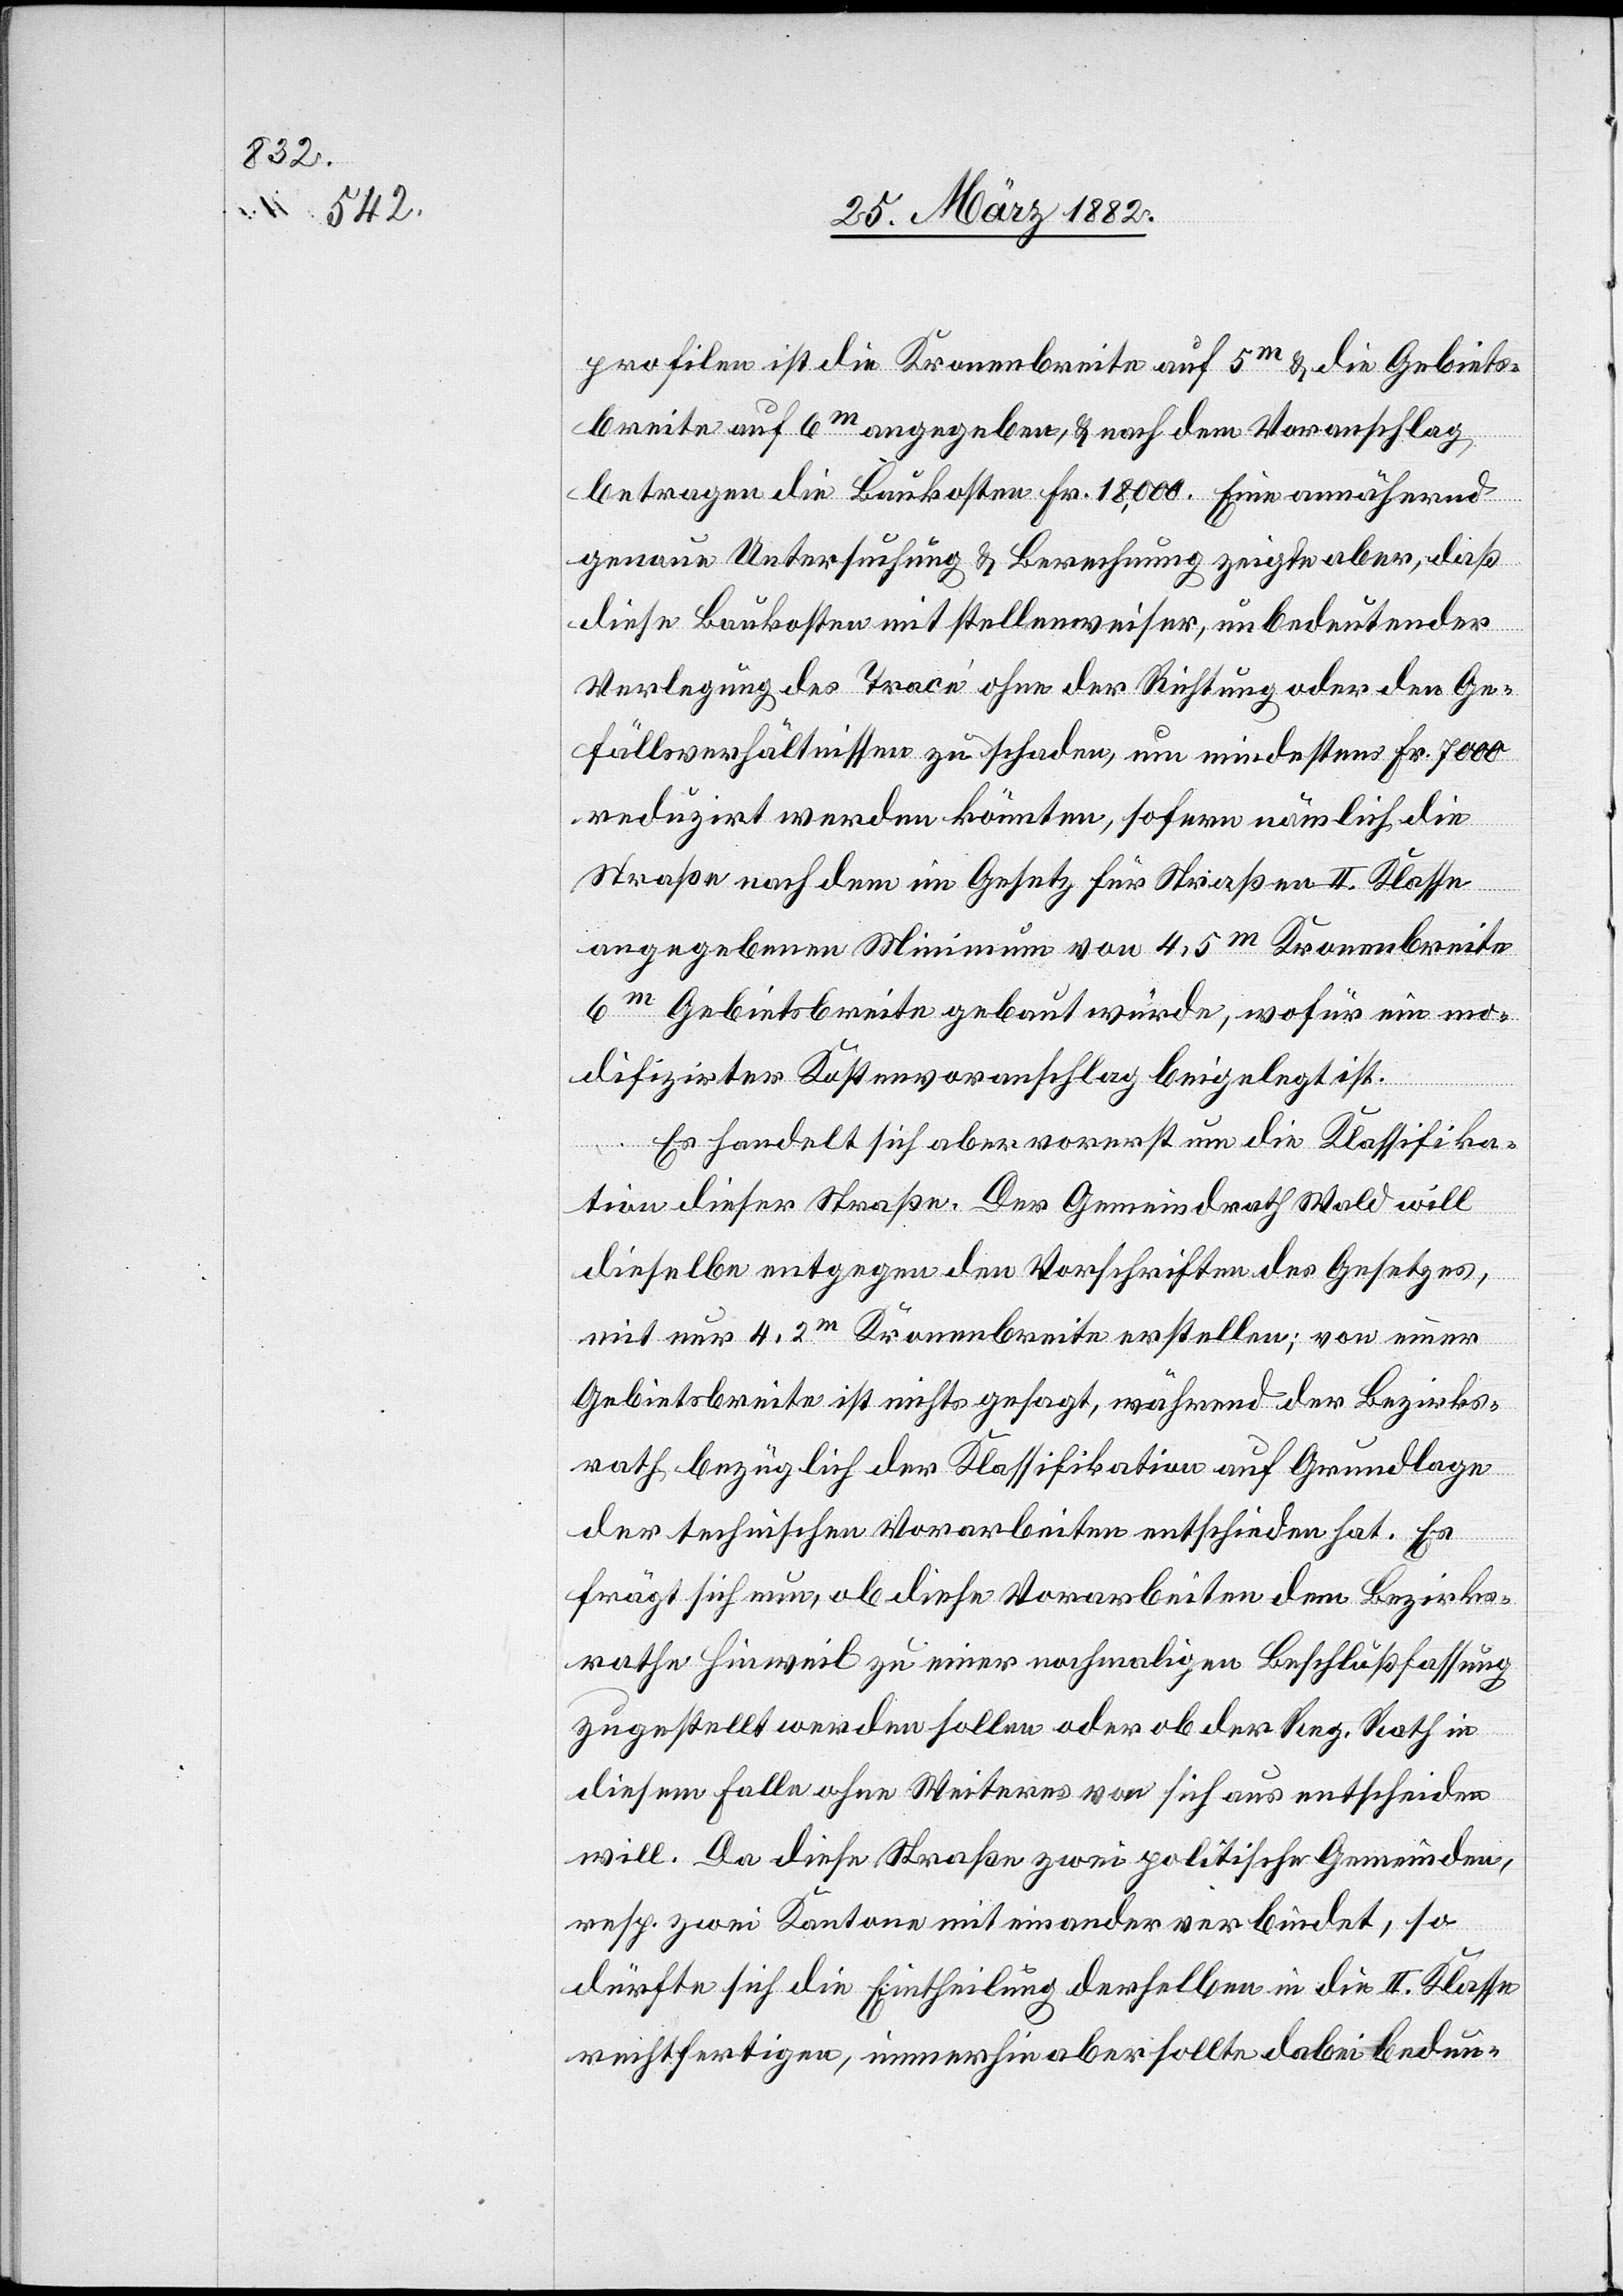
profilen ist die Kronenbreite auf 5 m & die Gebiets¬
breite auf 6 m angegeben, & nach dem Voranschlag
betragen die Baukosten Fr. 18,000. Eine annähernd
genaue Untersuchung & Berechnung zeige aber, daß
diese Baukosten mit stellenweiser, unbedeutender
Verlegung das Trace ohne der Richtung oder den Ge¬
fällsverhältnissen zu schaden, um mindestens Fr. 7000
reduziert werden könnten, sofern nämlich die
Straße nach dem im Gesetz für Straßen II. Klasse
angegebenen Minimum von 4,5 m Kronenbreite
6
m Gebietsbreite gebaut würde, wofür eine mo¬
difizierter Kostenvoranschlag beigelegt ist.
Es handelt sich aber vorerst um die Klassifika¬
tion dieser Straße. Der Gemeindrath Wald will
dieselbe entgegen den Vorschriften des Gesetzes,
mit nur 4,2 m Kronenbreite erstellen; von einer
Gebietsbreite ist nichts gesagt, während der Bezirks¬
rath bezüglich der Klassifikation auf Grundlage
der technischen Vorarbeiten entschieden hat. Es
frägt sich nun, ob diese Vorarbeiten den Bezirks¬
rath Hinweil zu einer nochmaligen Beschlußfassung
zugestellt werden sollen oder ob der Reg. Rath in
diesem Falle ohne Weiteres von sich aus entscheiden
will. Da diese Straße zwei politische Gemeinden,
resp. zwei Kantone mit einander verbindet, so
dürfte sich die Eintheilung derselben in die II. Klasse
rechtfertigen, immerhin aber sollte dabei bedun-